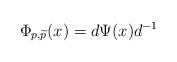
LaTeX: \begin{align*}\Phi_{p,\widetilde{p}}(x)=d\Psi(x)d^{-1}\end{align*}